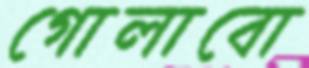
গোলাবো